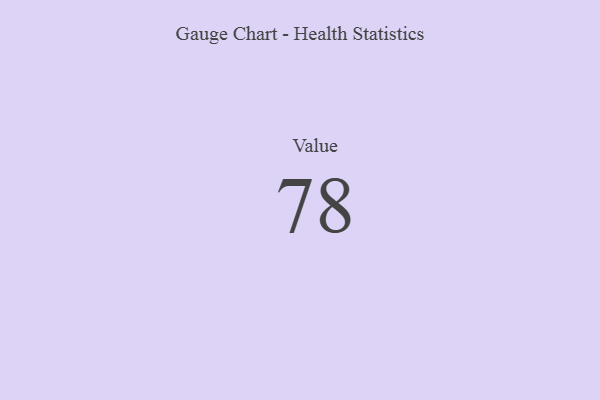
{"axis": {"x": "Metric", "y": "Value"}, "legend": [""], "data": [{"x": "Value", "y": 78, "type": ""}]}